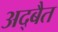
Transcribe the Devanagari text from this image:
अद्बैत